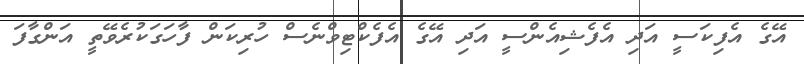
އޭގެ އެފިކަސީ އަދި އެފެޝިއެންސީ އަދި އޭގެ އެފެކްޓިވްނެސް ހުރިކަން ފާހަގަކުރެވޭތީ އަންގާފަ